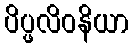
ပိပ္ဖလိဝနိယာ